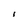
Character: i